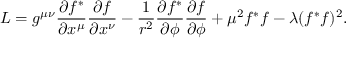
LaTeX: { \cal L } = g ^ { \mu \nu } \frac { \partial f ^ { * } } { \partial x ^ { \mu } } \frac { \partial f } { \partial x ^ { \nu } } - \frac { 1 } { r ^ { 2 } } \frac { \partial f ^ { * } } { \partial \phi } \frac { \partial f } { \partial \phi } + \mu ^ { 2 } f ^ { * } f - \lambda ( f ^ { * } f ) ^ { 2 } .